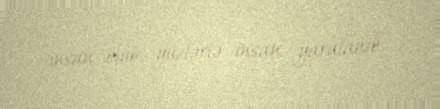
insan ölüb, yüzlərlə insan yaralanıb.